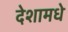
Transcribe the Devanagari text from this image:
देशामधे